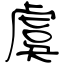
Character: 虞